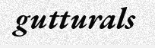
gutturals